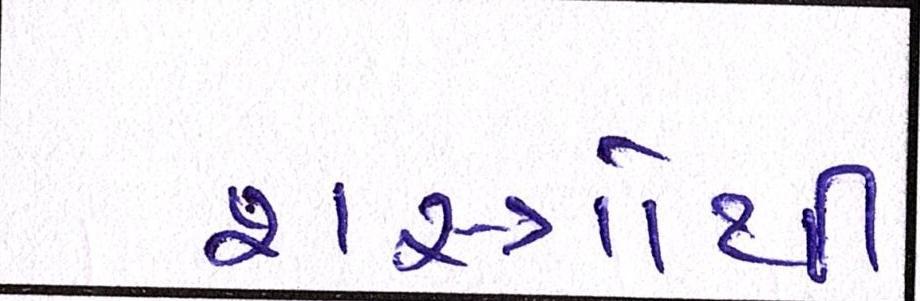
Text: શસ્ત્રોથી